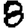
Digit: 8